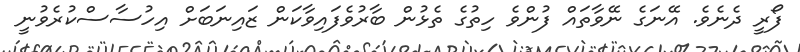
ފޯރީ ދެނެވެ. އޭނަގެ ނޭވާތައް ފުންވެ ހިތުގެ ތެޅުން ބާރުވެފައިވާކަން ޒައިނަބަށް އިހުސާސްކުރެވުނީ